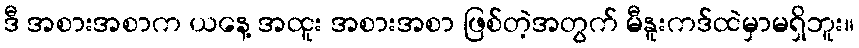
ဒီ အစားအစာက ယနေ့ အထူး အစားအစာ ဖြစ်တဲ့အတွက် မီနူးကဒ်ထဲမှာမရှိဘူး။